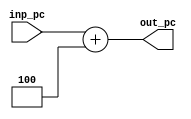
module increment_pc_by_4 (inp_pc, out_pc);
	input [31:0] inp_pc;
	//input wait_until_next_cycle_flag;
	output [31:0] out_pc;

	assign out_pc = inp_pc + 4;
	
//	assign out_pc = (wait_until_next_cycle_flag == 0) ? out_pc+4 : out_pc; 
	
//	always@*
//		if (wait_until_next_cycle_flag == 0)
//			out_pc <= inp_pc + 4;

endmodule